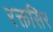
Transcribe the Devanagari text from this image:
रक्तसिर